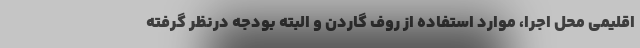
اقلیمی محل اجرا، موارد استفاده از روف گاردن و البته بودجه درنظر گرفته